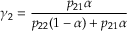
\gamma _ { 2 } = \frac { p _ { 2 1 } \alpha } { p _ { 2 2 } ( 1 - \alpha ) + p _ { 2 1 } \alpha }